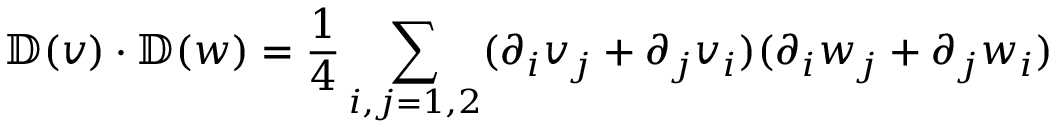
\mathbb { D } ( v ) \cdot \mathbb { D } ( w ) = \frac { 1 } { 4 } \sum _ { i , j = 1 , 2 } ( \partial _ { i } v _ { j } + \partial _ { j } v _ { i } ) ( \partial _ { i } w _ { j } + \partial _ { j } w _ { i } )